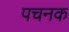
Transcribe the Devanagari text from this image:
पचनक